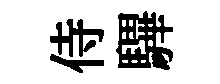
侍驆